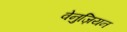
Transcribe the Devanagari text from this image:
वेनुज़ियन